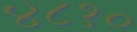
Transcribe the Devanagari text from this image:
४८१०